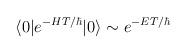
LaTeX: \begin{align*}\langle 0 | e^{- HT/\hbar } | 0 \rangle \sim e^{ - E T/\hbar }\end{align*}